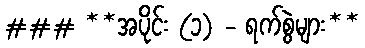
### **အပိုင်း (၁) - ရက်စွဲများ**